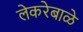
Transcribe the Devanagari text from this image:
लेकरेबाळे